Sanitation, dispensaries and jails vaccination Rajputana 1922-1927 - 1922-1927
Year: 1922
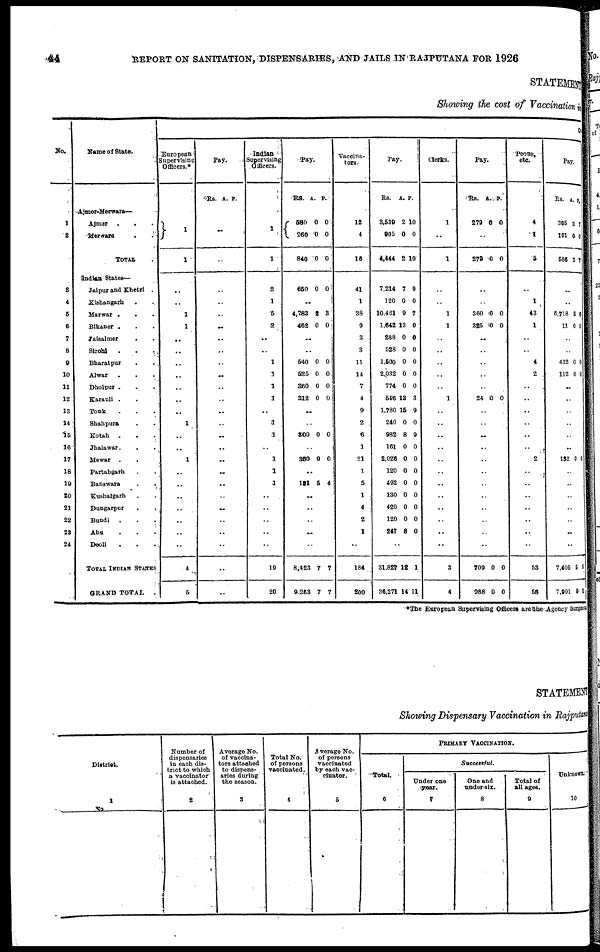
44
REPORT ON SANITATION, DISPENSARIES, AND JAILS IN RAJPUTANA FOR 1926
STATEMENT
Showing the cost of Vaccination in
No.
1
2
3
4
5
6
7
8
9
10
11
12
13
14
15
16
17
18
19
20
21
22
23
24
Name of State.
Ajmer-Merwara—
Ajmer
..
Merwara ..
TOTAL .
Indian States—
Jaipur and Khetri .
Kishangarh ..
Marwar ...
Bikaner...
Jaisalmer
...
Sirohi ...
Bharatpur ...
Alwar ...
Dholpur ...
Karauli...
Tonk ...
Shahpura ...
Kotah ...
Jhalawar...
Mewar ...
Partabgarh ...
Banswara...
Kushalgarh ...
Dungarpur ...
Bundi...
Abu ...
Deoli ...
TOTAL INDIA
STATES
GRAND TOTAL
.
CO
European
Supervising
Officers.
1
1
..
..
1
1
..
..
..
..
..
..
..
1
..
..
1
..
..
..
..
..
..
..
4
5
Pay.
Rs. A. P.
..
..
..
..
..
..
..
..
..
..
..
..
..
..
..
..
..
..
..
..
..
..
..
..
..
..
Indian
Supervising
Officers.
1
1
2
1
5
2
..
..
1
1
1
1
..
1
1
..
1
1
1
..
..
..
..
..
19
20
Pay.
Rs. A. P.
580
260
840
0
0
0
0
0
0
650 0 0
..
4,783
462
2
0
3
0
..
..
540
526
360
312
0
0
0
0
0
0
0
0
..
..
800 0 0
..
360 0 0
..
101 5 4
..
..
..
..
..
8,423
9,263
7
7
7
7
Vaccina-
tors.
12
4
16
41
1
38
9
3
3
11
14
7
4
9
2
6
1
21
1
5
1
4
2
1
..
184
200
Pay.
Rs. A. P.
3,539
905
4,444
2
0
2
10
0
10
7,214
120
10,461
1,642
288
528
1,500
2,032
774
646
1,780
240
982
161
2,026
120
492
130
420
120
247
7
0
9
13
0
0
0
0
0
13
15
0
8
0
0
0
0
0
0
0
8
9
0
7
0
0
0
0
0
0
3
9
0
9
0
0
0
0
0
0
0
0
..
31,827
36,271
12
14
1
11
Clerks.
1
..
1
..
..
1
1
..
..
..
..
..
1
..
..
..
..
..
..
..
..
..
..
..
..
3
4
Pay.
Rs. A. P.
279 0 0
..
279 0 0
..
360
325
0
0
0
0
..
..
..
..
..
24 0 0
..
..
..
..
..
..
..
..
..
..
..
..
709
988
0
0
0
0
Peons,
etc.
4
1
6
..
1
43
1
..
..
4
2
..
..
..
..
..
..
2
..
..
..
..
..
..
..
53
58
Pay.
Rs. A. P.
395
191
586
3
0
3
7
0
7
..
..
6,718
11
5
0
6
0
..
..
432
112
0
0
0
0
..
..
..
..
..
..
132 0 0
..
..
..
..
..
..
..
7,405
7,991
5
9
6
1
*The European Supervising Officers are the Agency Surgeon
STATEMENT
Showing Dispensary Vaccination in Rajputana
District.
1
Number of
dispensaries
in each dis-
trict to which
vaccinator
is attached.
2
Average No.
of vaccina-
tors attached
to dispens-
aries during
the season.
3
Total No.
of persons
vaccinated.
4
Average No.
of persons
vaccinated
by each vac-
cinator.
5
PRIMARY
VACCINATION.
Total.
6
Successful.
Under one
year.
7
One and
under six.
8
Total of
all ages.
9
Unknown.
10